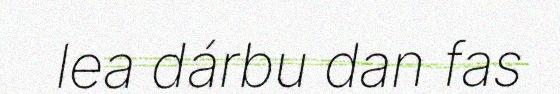
lea dárbu dan fas